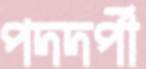
পদদর্পী